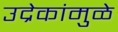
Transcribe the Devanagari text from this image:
उद्रेकांमुळे